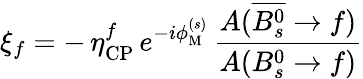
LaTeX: \xi_{f}=-\, \eta_{\mathrm{CP}}^{f}\, e^{-i\phi_{\mathrm{M}}^{(s)}}\, \frac{A(\overline{{{B_{s}^{0}}}}\to f)}{A(B_{s}^{0}\to f)}